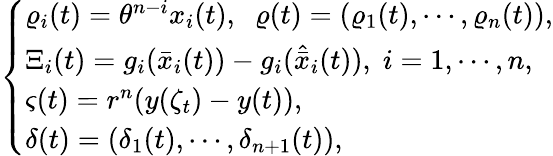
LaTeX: \left\{ \begin{array}{l}{\varrho_{i}(t)=\theta^{n-i}x_{i}(t),\; \; \varrho(t)=(\varrho_{1}(t),\cdots,\varrho_{n}(t)),}\\ {\Xi_{i}(t)=g_{i}(\bar{x}_{i}(t))-g_{i}(\hat{\bar{x}}_{i}(t)),\; i=1,\cdots,n,}\\ {\varsigma(t)=r^{n}(y(\zeta_{t})-y(t)),}\\ {\delta(t)=(\delta_{1}(t),\cdots,\delta_{n+1}(t)),}\end{array}\right.